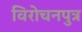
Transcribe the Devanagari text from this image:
विरोचनपुत्र